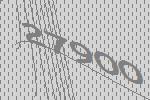
27900